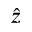
\hat { z }